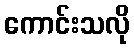
ကောင်းသလို